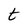
Character: t